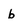
Character: b